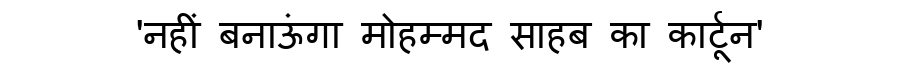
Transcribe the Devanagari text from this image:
'नहीं बनाऊंगा मोहम्मद साहब का कार्टून'